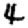
Digit: 4